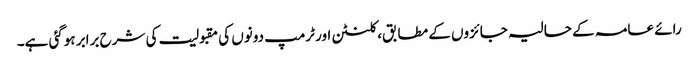
رائے عامہ کے حالیہ جائزوں کے مطابق، کلنٹن اور ٹرمپ دونوں کی مقبولیت کی شرح برابر ہوگئی ہے۔